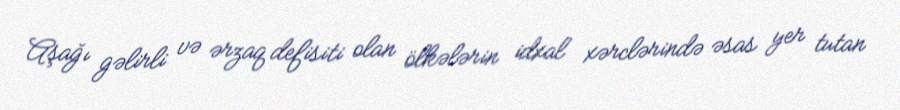
Aşağı gəlirli və ərzaq defisiti olan ölkələrin idxal xərclərində əsas yer tutan